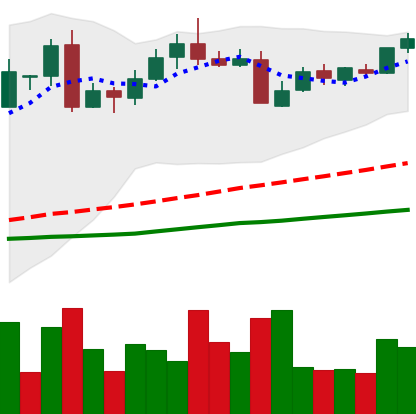
Ticker: LTC-USD
Chart end date: 2016-05-26
Forward return: 13.911%
Label: up_7plus